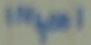
Text: IN4001